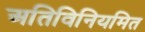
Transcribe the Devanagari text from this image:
अतिविनियमित